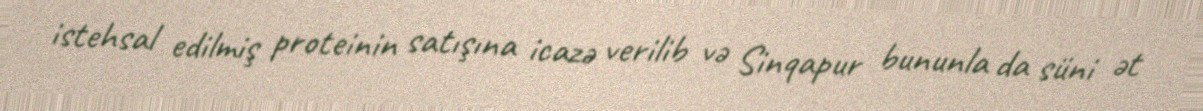
istehsal edilmiş proteinin satışına icazə verilib və Sinqapur bununla da süni ət